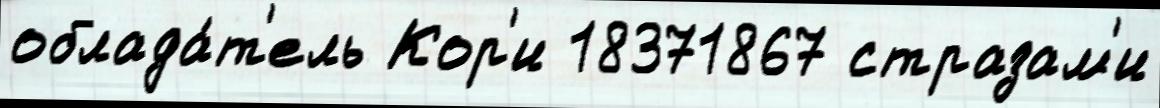
облада́т'ель Кор'и 18371867 стразам'и